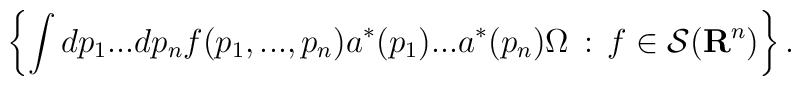
\left \{ \int dp_1...dp_n f(p_1,...,p_n)a^*(p_1)...a^*(p_n)\Omega\, :\, f\in {\cal S}({\bf R}^n) \right \}.